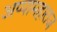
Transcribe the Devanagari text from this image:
अप्पामहाराज